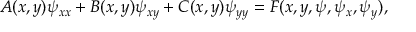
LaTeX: A ( x , y ) \psi _ { x x } + B ( x , y ) \psi _ { x y } + C ( x , y ) \psi _ { y y } = F ( x , y , \psi , \psi _ { x } , \psi _ { y } ) ,